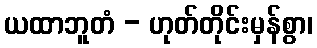
ယထာဘူတံ - ဟုတ်တိုင်းမှန်စွာ၊